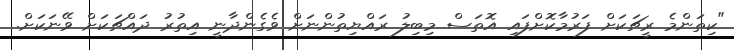
"ކިތަންމެ ރީޗަކަށް ފަރުމާކޮށްފައި އޮތަސް މިބިލު ރައްޔިތުންނަށް ވެގެންދާނީ އިތުރު ދައްޗަކަށް ވޭނަކަށް.